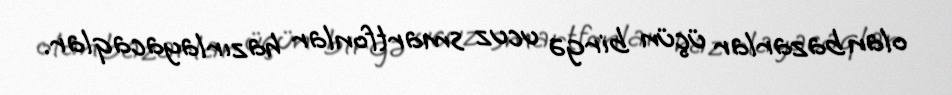
olan bazarlar üçün birgə ucuz smartfonlar hazırlayacaqlar.